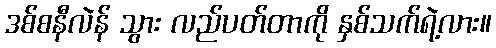
ဒစ်စနီလဲန် သွား လည်ပတ်တာကို နှစ်သက်ရဲ့လား။